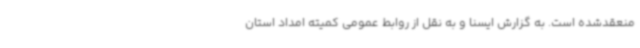
منعقدشده است. به گزارش ایسنا و به نقل از روابط عمومی کمیته امداد استان